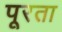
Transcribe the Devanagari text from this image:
पूरता